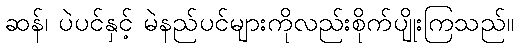
ဆန်၊ ပဲပင်နှင့် မဲနည်ပင်များကိုလည်းစိုက်ပျိုးကြသည်။